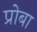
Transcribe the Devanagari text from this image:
प्रोबा